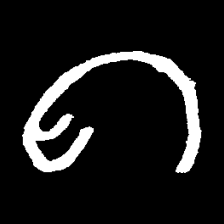
Pyu character \u2014 Myanmar letter: ဂ (romanized: ga)